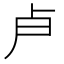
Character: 𭅯